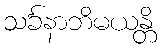
သင်္ခနာဘိမယန္တိ